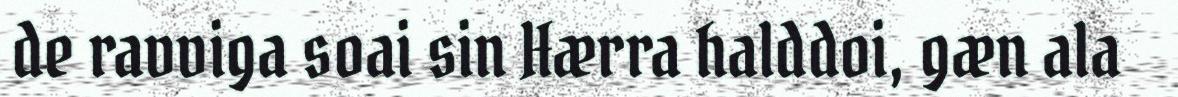
de ravviga soai sin Hærra halddoi, gæn ala